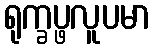
ရုက္ခပ္ဖလူပမာ